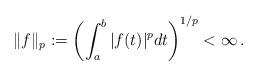
LaTeX: \begin{align*}\|f\|_p :=\left(\int_a^b |f(t)|^p dt\right)^{1/p} <\infty\,.\end{align*}